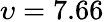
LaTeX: \upsilon=7.66